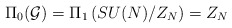
\begin{align*}\Pi_0({\cal G})=\Pi_1\left( SU(N)/Z_N\right)=Z_N\end{align*}